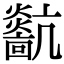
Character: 𤒀